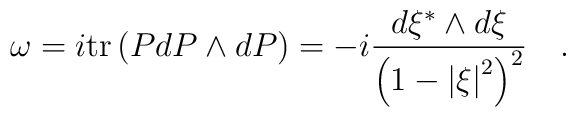
\omega =i{\rm tr}\left( {PdP\wedge dP} \right)=-i{{d\xi^{*}\wedge d\xi} \over{\left( {1-\left| \xi \right|^2} \right)^2}} \quad.